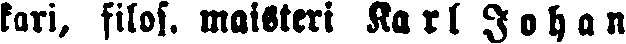
kari, filos. maisteri Karl Johan